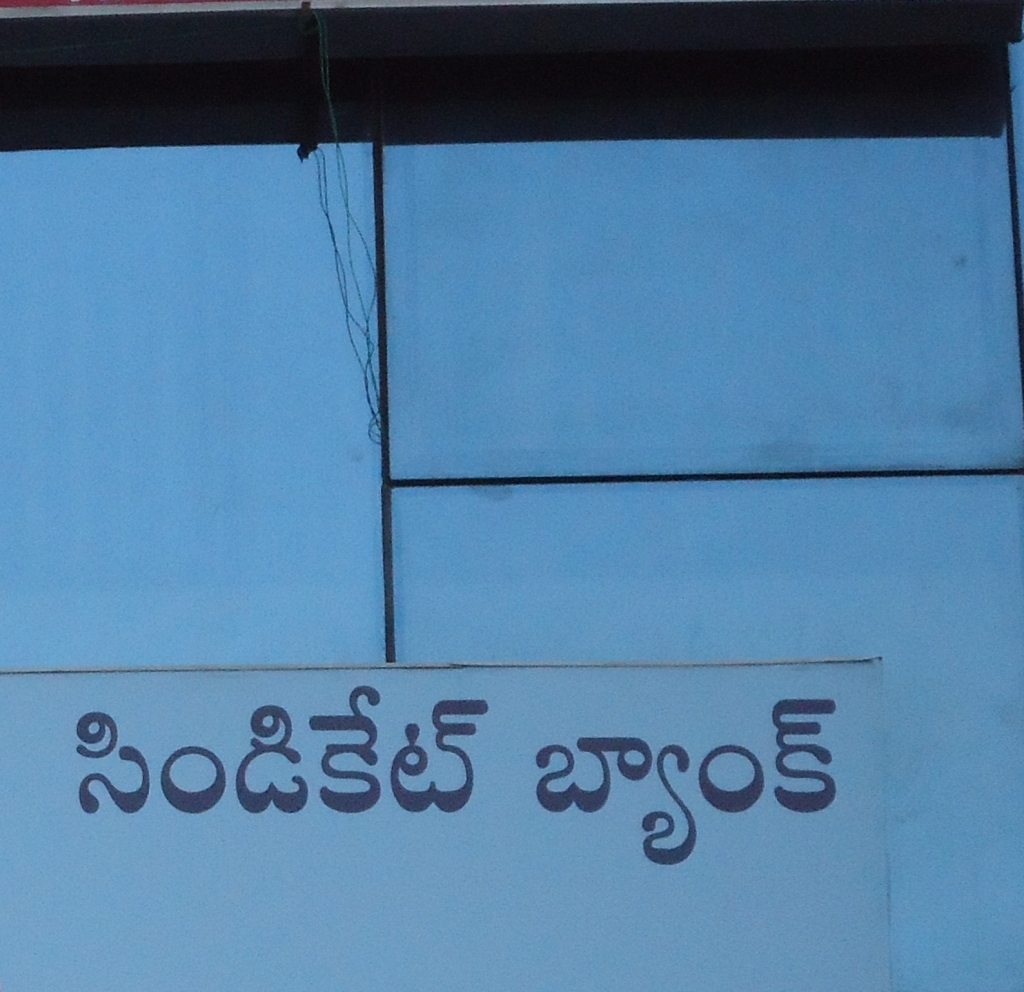
Language: telugu
Transcription: సిండికేట్ బ్యాంక్